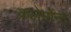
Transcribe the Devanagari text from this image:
कलेर्मोन्ट